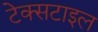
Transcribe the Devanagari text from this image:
टेक्‍सटाइल